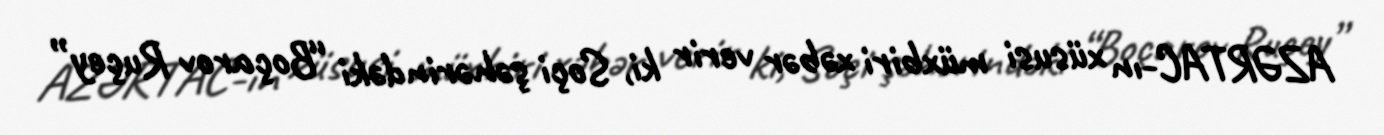
AZƏRTAC-ın xüsusi müxbiri xəbər verir ki, Soçi şəhərindəki “Boçarov Ruçey”